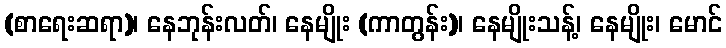
(စာရေးဆရာ)၊ နေဘုန်းလတ်၊ နေမျိုး (ကာတွန်း)၊ နေမျိုးသန့်၊ နေမျိုး၊ မောင်